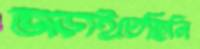
জড়াইতেছিলি